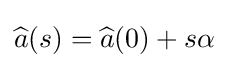
{\widehat {a}}(s)={\widehat {a}}(0)+s\alpha